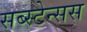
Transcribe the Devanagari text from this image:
सब्स्टेन्सस